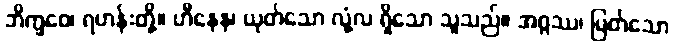
ဘိက္ခဝေ၊ ရဟန်းတို့။ ဟီနေန၊ ယုတ်သော လုံ့လ ရှိသော သူသည်။ အဂ္ဂဿ၊ မြတ်သော